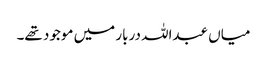
میاں عبداللہ دربار میں موجود تھے۔